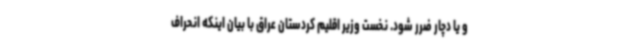
و یا دچار ضرر شود. نخست وزیر اقلیم کردستان عراق با بیان اینکه انحراف